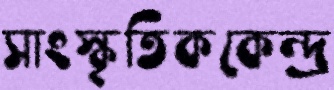
সাংস্কৃতিককেন্দ্র